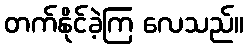
တက်နိုင်ခဲ့ကြ လေသည်။